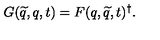
G ( \widetilde { q } , q , t ) = F ( q , \widetilde { q } , t ) ^ { \dagger } .